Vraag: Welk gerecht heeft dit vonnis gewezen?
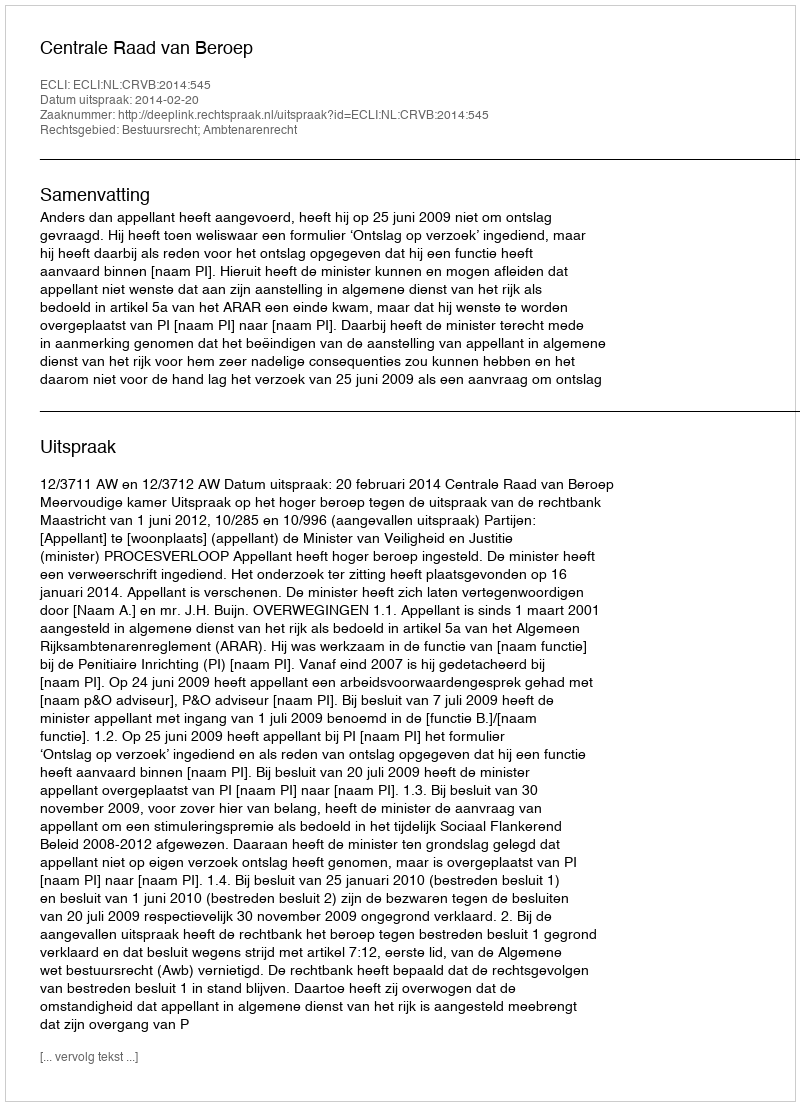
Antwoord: Centrale Raad van Beroep